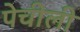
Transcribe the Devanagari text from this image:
पेचीली